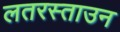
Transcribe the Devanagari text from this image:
लतरस्ताउन